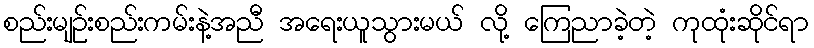
စည်းမျဉ်းစည်းကမ်းနဲ့အညီ အရေးယူသွားမယ် လို့ ကြေညာခဲ့တဲ့ ကုထုံးဆိုင်ရာ